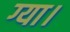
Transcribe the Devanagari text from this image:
ग्या।